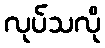
လုပ်သလို